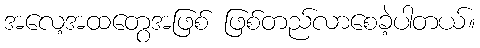
အလေ့အထတွေအဖြစ် ဖြစ်တည်လာစေခဲ့ပါတယ်။